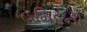
હમિદની